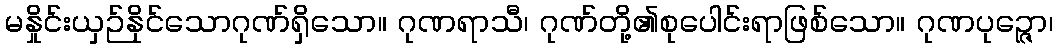
မနှိုင်းယှဉ်နိုင်သောဂုဏ်ရှိသော။ ဂုဏရာသီ၊ ဂုဏ်တို့၏စုပေါင်းရာဖြစ်သော။ ဂုဏပုဉ္ဇော၊